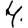
Digit: 4